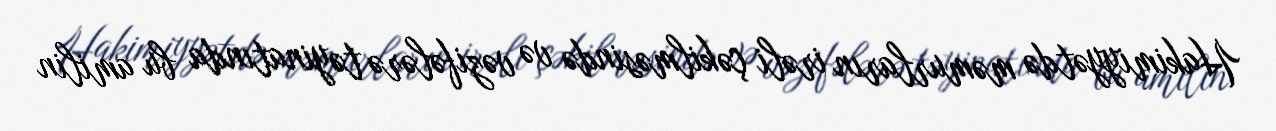
Hakimiyyətdə məmurların irəli çəkilməsində və vəzifələrə təyinatında bu amilin